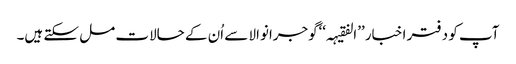
آپ کو دفتر اخبار ’’الفقیہہ‘‘گوجرانوالا سے اُن کے حالات مل سکتے ہیں۔